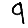
Digit: 9